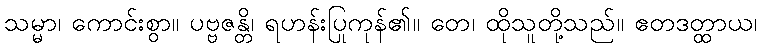
သမ္မာ၊ ကောင်းစွာ။ ပဗ္ဗဇန္တိ၊ ရဟန်းပြုကုန်၏။ တေ၊ ထိုသူတို့သည်။ ဧတဒတ္ထာယ၊